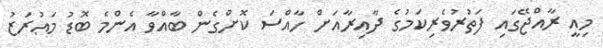
މިއީ ރާއްޖޭގައި ފަތުރުވެރިކަމުގެ ދާއިރާއަށް ހާއްސަ ކޮށްގެން ބާއްވާ އެންމެ ބޮޑު މަޢުރަޒު